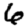
Digit: 6